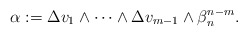
\begin{align*} \alpha := \Delta v_1\wedge\dots\wedge \Delta v_{m-1}\wedge\beta_n^{n-m}.\end{align*}